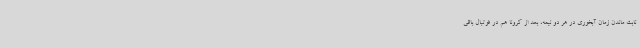
ثابت ماندن زمان آبخوری در هر دو نیمه، بعد از کرونا هم در فوتبال باقی